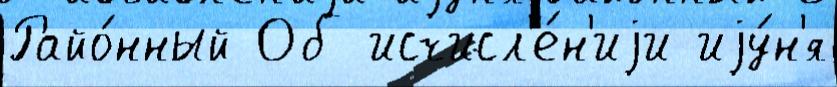
Райо́нный Об исчисл'е́н'иjи иjу́н'я